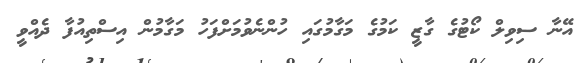
އޭނާ ސިވިލް ކޯޓުގެ ގާޒީ ކަމުގެ މަގާމުގައި ހުންނެވުމަށްފަހު މަގާމުން އިސްތިއުފާ ދެއްވީ